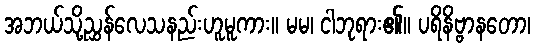
အဘယ်သို့ညွှန်လေသနည်းဟူမူကား။ မမ၊ ငါဘုရား၏။ ပရိနိဗ္ဗာနတော၊